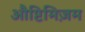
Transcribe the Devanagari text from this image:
औप्टिमिज़म